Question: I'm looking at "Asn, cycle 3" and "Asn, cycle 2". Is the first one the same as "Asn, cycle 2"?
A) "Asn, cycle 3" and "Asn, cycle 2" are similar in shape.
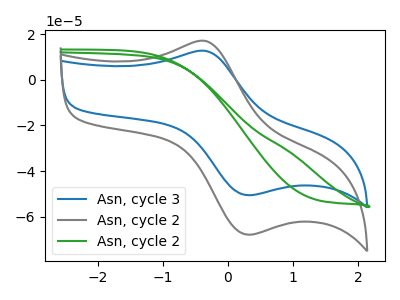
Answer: <think>The blue curve "Asn, cycle 3" has an anodic peak at (-0.35V, 12.65uA) and a cathodic peak at (0.30V, -50.55uA). The gray curve "Asn, cycle 2" has an anodic peak at (-0.35V, 17.00uA) and a cathodic peak at (0.30V, -67.90uA). The green curve "Asn, cycle 2" has no peaks.
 All the peaks in "Asn, cycle 3" have a peak in "Asn, cycle 2" at the same potential. Every peak in "Asn, cycle 3" is lower than every peak in "Asn, cycle 2".</think>
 <answer>A) "Asn, cycle 3" and "Asn, cycle 2" are similar in shape.</answer>
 <eval>A</eval>